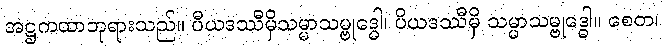
အဋ္ဌကထာဘုရားသည်။ ပီယဒဿီမှိသမ္မာသမ္ဗုဒ္ဓေါ၊ ပိယဒဿီမှိ သမ္မာသမ္ဗုဒ္ဓေါ။ စေတ၊